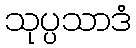
သုပ္ပသာဒံ